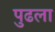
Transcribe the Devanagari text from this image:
पुढला